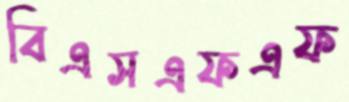
বিএসএফএফ